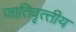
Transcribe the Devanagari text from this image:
जातिवृत्‍तीय